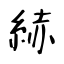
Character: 𦀗